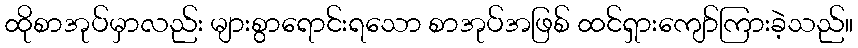
ထိုစာအုပ်မှာလည်း များစွာရောင်းရသော စာအုပ်အဖြစ် ထင်ရှားကျော်ကြားခဲ့သည်။